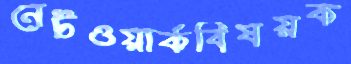
নেটওয়ার্কবিষয়ক